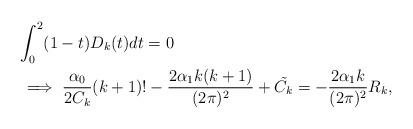
LaTeX: \begin{align*}&\int_{0}^{2}(1-t)D_{k}(t)dt=0\\&\implies \frac{\alpha_{0}}{2C_{k}}(k+1)!-\frac{2\alpha_{1}k(k+1)}{(2\pi)^{2}}+\tilde{C_{k}}=-\frac{2\alpha_{1}k}{(2\pi)^{2}}R_{k},\end{align*}